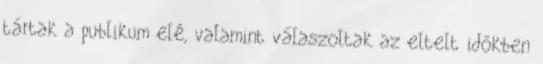
tártak a publikum elé, valamint válaszoltak az eltelt időkben